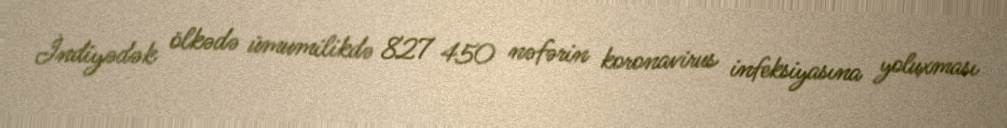
İndiyədək ölkədə ümumilikdə 827 450 nəfərin koronavirus infeksiyasına yoluxması